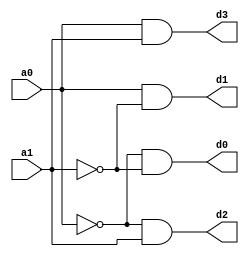
module decoder2to4(a0,a1,d0,d1,d2,d3);
input a0, a1;
output d0,d1,d2,d3;
  not(a0bar,a0);
not(a1bar,a1);
and(d0,a0bar,a1bar);
and(d1,a0,a1bar);
and(d2,a0bar,a1);
and(d3,a0,a1);
endmodule